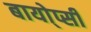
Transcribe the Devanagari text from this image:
बायो्प्सी